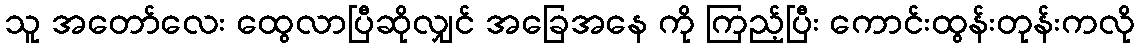
သူ အတော်လေး ထွေလာပြီဆိုလျှင် အခြေအနေ ကို ကြည့်ပြီး ကောင်းထွန်းတုန်းကလို